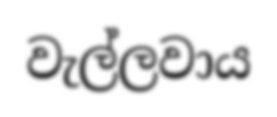
වැල්ලවාය